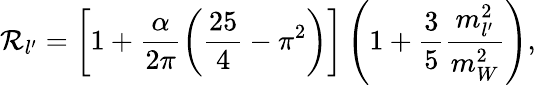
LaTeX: {\cal R}_{l^{\prime}}=\left[1+\frac{\alpha}{2\pi}\left(\frac{25}{4}-\pi^{2}\right)\right]\left(1+\frac{3}{5}\frac{m_{l^{\prime}}^{2}}{m_{W}^{2}}\right),